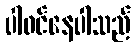
ပါဝင်နေပါသည်